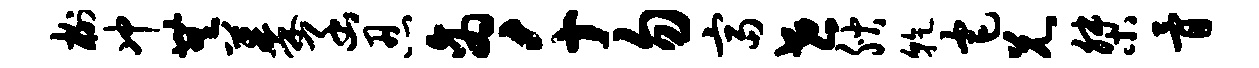
榭冲无蓁函忍商千勿富世腴干宅兄桀骨